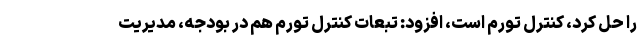
را حل کرد، کنترل تورم است، افزود: تبعات کنترل تورم هم در بودجه، مدیریت